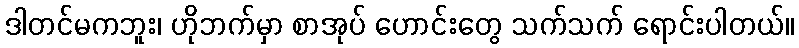
ဒါတင်မကဘူး၊ ဟိုဘက်မှာ စာအုပ် ဟောင်းတွေ သက်သက် ရောင်းပါတယ်။